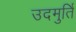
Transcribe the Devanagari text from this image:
उदमुर्ति